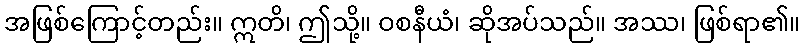
အဖြစ်ကြောင့်တည်း။ ဣတိ၊ ဤသို့။ ဝစနီယံ၊ ဆိုအပ်သည်။ အဿ၊ ဖြစ်ရာ၏။